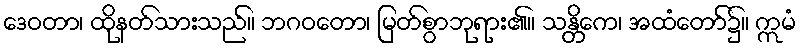
ဒေဝတာ၊ ထိုနတ်သားသည်။ ဘဂဝတော၊ မြတ်စွာဘုရား၏။ သန္တိကေ၊ အထံတော်၌။ ဣမံ